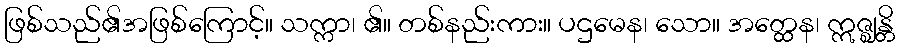
ဖြစ်သည်၏အဖြစ်ကြောင့်။ သက္ကာ၊ ၏။ တစ်နည်းကား။ ပဌမေန၊ သော။ အတ္ထေန၊ ဣဇ္ဈန္တိ